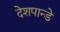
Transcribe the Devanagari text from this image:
देशपान्डे